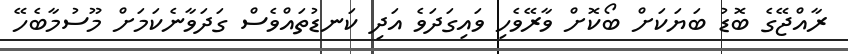
ރާއްޖޭގެ ބޮޑު ބަޔަކަށް ބޯކޮށް ވާރޭވެހި ވައިގަދަވެ އަދި ކަނޑުތައްވެސް ގަދަވާނެކަމަށް މޫސުމާބެހޭ